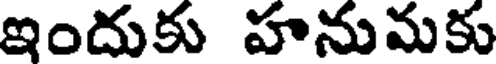
ఇందుకు హనుమకు